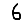
Digit: 6